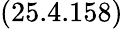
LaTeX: (25.4.158)